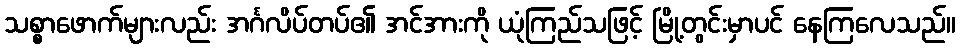
သစ္စာဖောက်များလည်း အင်္ဂလိပ်တပ်၏ အင်အားကို ယုံကြည်သဖြင့် မြို့တွင်းမှာပင် နေကြလေသည်။